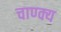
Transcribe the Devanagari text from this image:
चाण्क्य